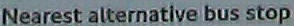
Nearest alternative bus stop